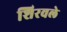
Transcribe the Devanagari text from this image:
शिरवले